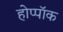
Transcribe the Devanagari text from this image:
होप्पॉक